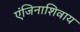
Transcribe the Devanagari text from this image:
एंजिनाशिवाय